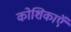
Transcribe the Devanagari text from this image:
कोशिकाऍं